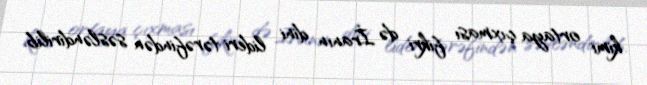
kimi ortaya çıxması fikri də İranın dini lideri tərəfindən səsləndirilib.